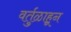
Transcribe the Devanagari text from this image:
वर्तुळाहून